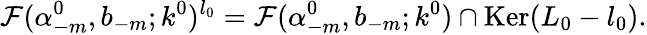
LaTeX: {\cal F}(\alpha_{-m}^{0},b_{-m};k^{0})^{l_{0}}={\cal F}(\alpha_{-m}^{0},b_{-m};k^{0})\cap\mathrm{Ker}(L_{0}-l_{0}).